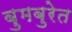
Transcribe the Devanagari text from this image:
बुमबुरेत